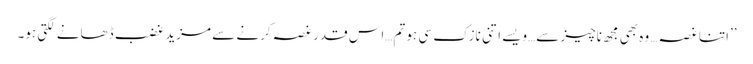
’’اتنا غصہ… وہ بھی مجھ ناچیز سے…ویسے اتنی نازک سی ہو تم…اس قدر غصہ کرنے سے مزید غضب ڈھانے لگتی ہو۔